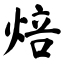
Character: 焙